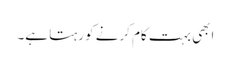
ابھی بہت کام کرنے کو رہتا ہے۔